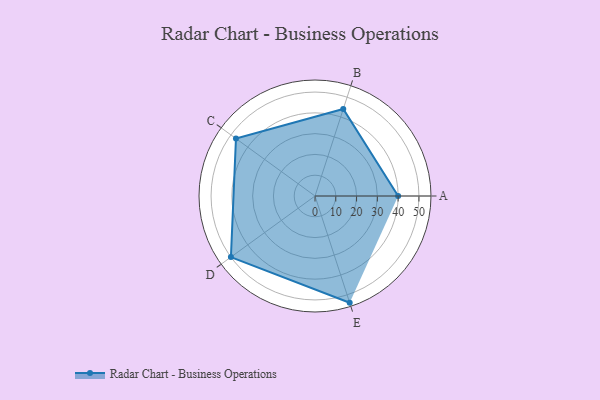
{"axis": {"x": "Skill", "y": "Score"}, "legend": ["Profile"], "data": [{"x": "A", "y": 40.0, "type": "Profile"}, {"x": "B", "y": 44.0, "type": "Profile"}, {"x": "C", "y": 47.0, "type": "Profile"}, {"x": "D", "y": 50.0, "type": "Profile"}, {"x": "E", "y": 54.0, "type": "Profile"}]}